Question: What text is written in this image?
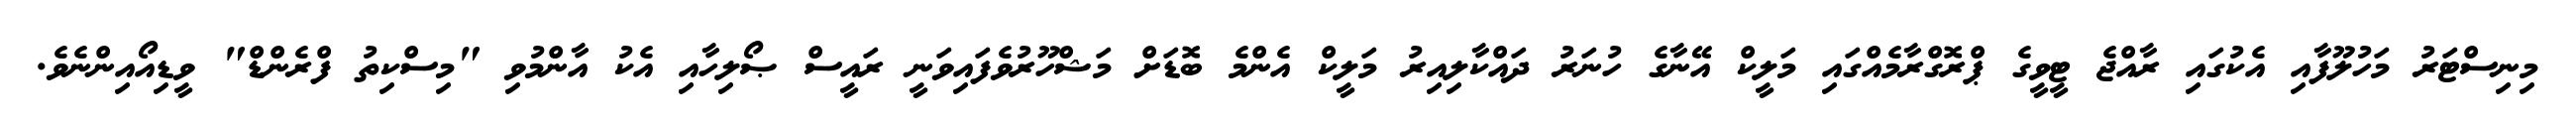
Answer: މިނިސްޓަރު މަހުލޫފާއި އެކުގައި ރާއްޖެ ޓީވީގެ ޕްރޮގްރާމެއްގައި މަލީކް އޭނާގެ ހުނަރު ދައްކާލިއިރު މަލީކް އެންމެ ބޮޑަށް މަޝްހޫރުވެފައިވަނީ ރައީސް ޞޯލިހާއި އެކު އާންމުވި "މިސްކިތު ފްރެންޑް" ވީޑިއޯއިންނެވެ.